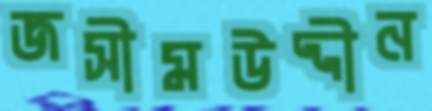
জসীমউদ্দীন